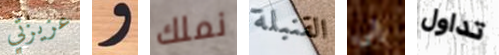
عزيزتي و نملك القنبلة إلى تداول